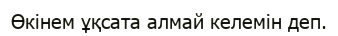
Өкінем ұқсата алмай келемін деп.